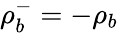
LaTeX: \rho_{b}^{-}=-\rho_{b}